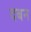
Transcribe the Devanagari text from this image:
दबन